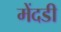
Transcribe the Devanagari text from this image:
मेंदडी